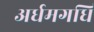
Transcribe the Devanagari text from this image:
अर्धमगधि